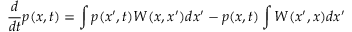
\frac { d } { d t } p ( x , t ) = \int p ( x ^ { \prime } , t ) W ( x , x ^ { \prime } ) d x ^ { \prime } - p ( x , t ) \int W ( x ^ { \prime } , x ) d x ^ { \prime }